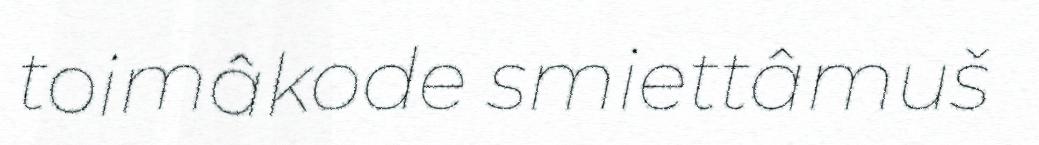
toimâkode smiettâmuš